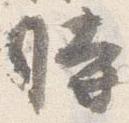
時